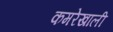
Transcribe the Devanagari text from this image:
कमरेखाली